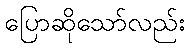
ပြောဆိုသော်လည်း